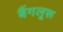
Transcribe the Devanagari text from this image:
बैंगलूरू